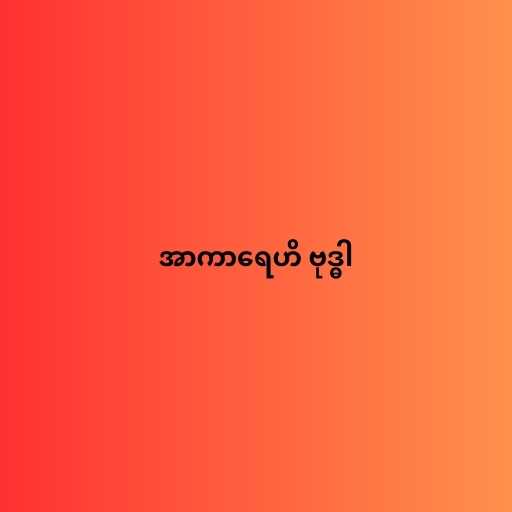
အာကာရေဟိ ဗုဒ္ဓါ